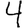
Digit: 4